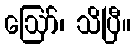
ဪ၊ သိပြီ။